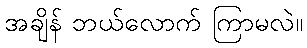
အချိန် ဘယ်လောက် ကြာမလဲ။